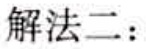
解法二：